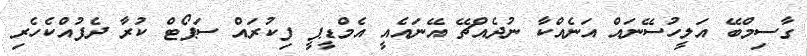
ގާސިމްބޭ އަލީހުސޭނައް އަނެއްކާ ނުދެއްޗޭ އޭނައެއީ އެމްޑީޕީ ފިކުރައް ސަޕޯޓް ކުރާ ދެފުއްކެހެރި